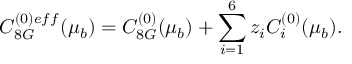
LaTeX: C _ { 8 G } ^ { ( 0 ) e f f } ( \mu _ { b } ) = C _ { 8 G } ^ { ( 0 ) } ( \mu _ { b } ) + \sum _ { i = 1 } ^ { 6 } z _ { i } C _ { i } ^ { ( 0 ) } ( \mu _ { b } ) .